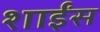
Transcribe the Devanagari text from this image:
शाईंस